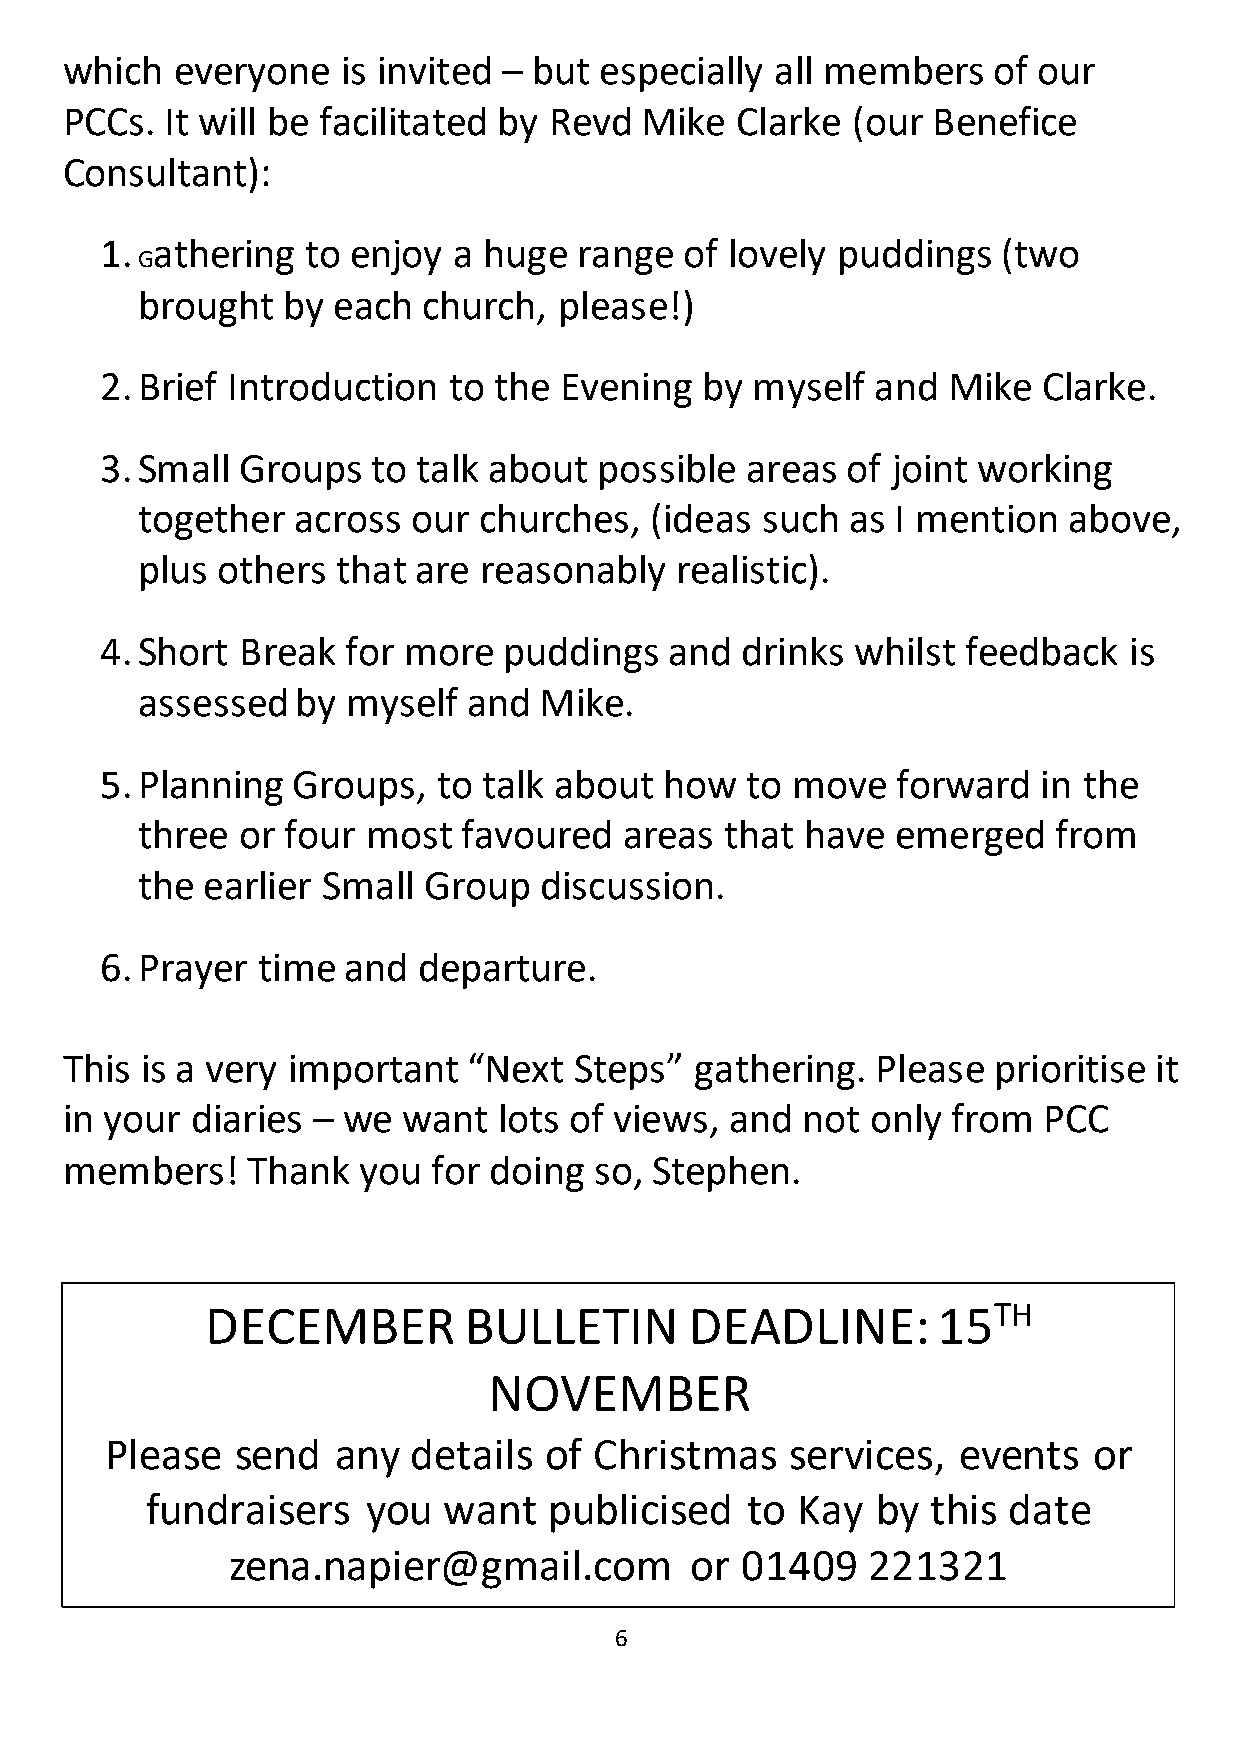
which  everyone    is invited – but especially all members    of our
 PCCs.  It will be facilitated by Revd Mike   Clarke (our  Benefice
 Consu  ltant):
 1. athering  to enjoy  a huge  range  of lovely puddings   (two
 G
 brought   by each  church,  please!)
 2. B rief Introduction to the Evening  by  myself  and  Mike  Clarke.
 3. Small Groups   to talk about  possible areas  of joint working
 together  across  our  churches,  (ideas such  as I mention   above,
 p lus others that are  reasonably   realistic).
 4. Short Break  for more  puddings   and  drinks  whilst feedback   is
 assessed   by myself  and  Mike.
 5. P lanning Groups,  to talk about  how  to move   forward   in the
 three  or four most   favoured  areas  that have  emerged    from
 the earlier Small  Group   discussion.
 6. P rayer time and  departure.
 This is a very important   “Next  Steps”  gathering.  Please  prioritise it
 in you r diaries – we  want  lots of views, and  not  only from  PCC
 members!    Thank   you  for doing so, Stephen.
 DECEMBER         BULLETIN       DEADLINE:       15TH
 NOVEMBER
 Ple ase  send  any  details  of Christmas    services,  events   or
 fundraisers   you  want   publicised   to  Kay  by  this date
 zena.napier@gmail.com          or 01409   221321
 6